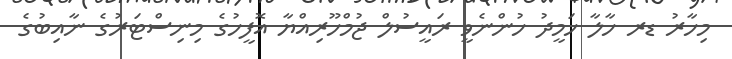
މިހާރު ޑރ ހާލާ ހަމީދު ހުންނެވީ ރައީސުލް ޖުމްހޫރިއްޔާ އޮފީހުގެ މިނިސްޓަރުގެ ނާއިބުގެ